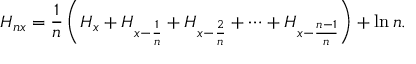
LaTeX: H _ { n x } = { \frac { 1 } { n } } \left( H _ { x } + H _ { x - { \frac { 1 } { n } } } + H _ { x - { \frac { 2 } { n } } } + \cdots + H _ { x - { \frac { n - 1 } { n } } } \right) + \ln n .